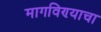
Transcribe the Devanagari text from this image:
मागविण्याचा